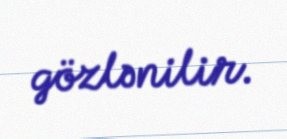
gözlənilir.